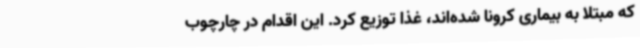
که مبتلا به بیماری کرونا شده‌اند، غذا توزیع کرد. این اقدام در چارچوب